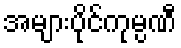
အများပိုင်ကုမ္ပဏီ